Medical and sanitary report of the native army of Bengal for the year
Year: 1874
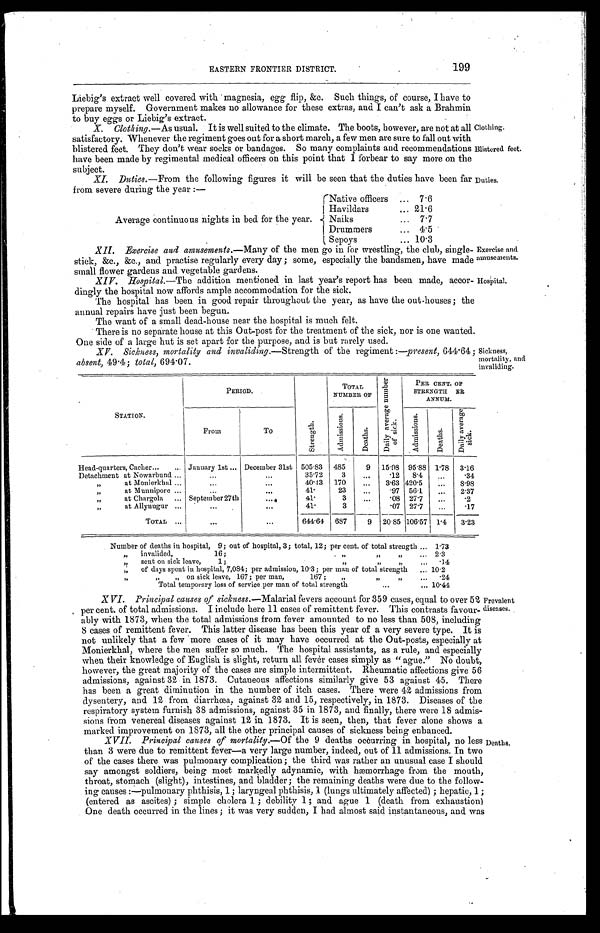
EASTERN FRONTIER DISTRICT.
199
Liebig's extract well covered with magnesia, egg flip, &c. Such things, of course, I have to
prepare myself. Government makes no allowance for these extras, and I can't ask a Brahmin
to buy eggs or Liebig's extract.
X. Clothing.—As usual. It is well suited to the climate. The boots, however, are not at all
satisfactory. Whenever the regiment goes out for a short march, a few men are sure to fall out with
blistered feet. They don't wear socks or bandages. So many complaints and recommendations
have been made by regimental medical officers on this point that I forbear to say more on the
sub j ect.
Clothing.
Blistered feet.
XI. Duties. -From the following it will be seen that the duties have been far
from severe during the year:-
Duties
.
Average continuous nights in bed for the year.
Native officers
7.6
Havildars
21.6
Naiks
7.7
Drummers
4.5
Sepoys
10.3
XII. Exercise and amusements.—Many of the men go in for wrestling, the club, single-
stick, &c., &c., and practise regularly every day; some, especially the bandsmen, have made
small flower gardens and vegetable gardens.
Exercise and
amusements.
XIV. Hospital.—The addition mentioned in last year's report has been made, accor-
dingly the hospital now affords ample accommodation for the sick.
The hospital has been in good repair throughout the year, as have the out-houses; the
annual repairs have just been begun.
The want of a small dead-house near the hospital is much felt.
There is no separate house at this Out-post for the treatment of the sick, nor is one wanted.
One side of a large hut is set apart for the purpose, and is but rarely used.
Hospital.
XV. Sickness, mortality and invaliding.— Strength of the regiment:—present, 644.64;
absent, 49.4; total, 694.07.
Sickness,
mortality, and
invaliding.
STATION.
PERIOD.
S t r e n g t h .
TOTAL
NUMBER OF
D a i l y a v e r a g e n u m b e r o f s i c k .
PER CENT. OF
STRENGTH ER
ANNUM.
From
To
A d m i s s i o n s .
Deat hs .
A d m i s s i o n s .
D e a t h s .
D a i l y a v e r a g e s i c k .
Head-quarters, Cacher
January 1st December 31st 505.83 485
9 15.98 95.88 1.78 3.16
Detachment at Nowarbund
35.72
3
. 1 2 8.4
.34
„ at Monierkhal
40.43 170
3.63 420.5
8.98
„ a t M u n n i p o r e
41.
23
. 9 7 56.1
2.37
„ a t C h a r g o l a
September 27th
41.
3
.08 27.7
.2
41.
3
.07 27.7
.17
TOTAL
644.64 687
9 20.85 106.57 1.4 3.23
Number of deaths in hospital, 9; out of hospital, 3; total, 12; per cent. of total strength
1.73
„ invalided, 16; „ „ „
2 . 3
„ s e n t o n s i c k l e a v e , 1 ; „ „ „
.14
„ of days spent in hospital, 7,084; per admission, 10.3; per man of total strength
10.2
„ „ „ on sick leave, 167; per man, 167; „ „ „
. 2 4
Total temporary loss of service per man of total strength
10.44
XVI. Principal causes of sickness.- Malarial fevers account for 359 cases, equal to over 52
per cent. of total admissions. I include here 11 cases of remittent fever. This contrasts favour-
ably with 1873, when the total admissions from fever amounted to no less than 508, including
8 cases of remittent fever. This latter disease has been this year of a very severe type. It is
not unlikely that a few more cases of it may have occurred at the Out-posts, especially at
Monierkhal, where the men suffer so much. The hospital assistants, as a rule, and especially
when their knowledge of English is slight, return all fever cases simply as "ague." No doubt,
however, the great majority of the cases are simple intermittent. Rheumatic affections give 56
admissions, against 32 in 1873. Cutaneous affections similarly give 53 against 45. There
has been a great diminution in the number of itch cases. There were 42 admissions from
dysentery, and 12 from diarrhœa, against 32 and 15, respectively, in 1873. Diseases of the
respiratory system furnish 38 admissions, against 35 in 1873, and finally, there were 18 admis
-sions from venereal diseases against 12 in 1873. It is seen, then, that fever alone shows a
marked improvement on 1873, all the other principal causes Of sickness being enhanced.
Prevalent diseases. XVII. Principal causes of mortality.—Of the 9 deaths occurring in hospital, no less
than 3 were due to remittent fever—a very large number, indeed, out of 11 admissions. In two
of the cases there was pulmonary complication; the third was rather an unusual case I should
say amongst soldiers, being most markedly adynamic, with hæmorrhage from the mouth,
throat, stomach (slight), intestines, and bladder; the remaining deaths were due to the follow
-ing causes:—pulmonary phthisis, 1; laryngeal phthisis, 1 (lungs ultimately affected); hepatic, 1;
(entered as ascites); simple Cholera 1; debility 1; and ague 1 (death from exhaustion)
One death occurred in the lines; it was very sudden, I had almost said instantaneous, and was
Deaths.